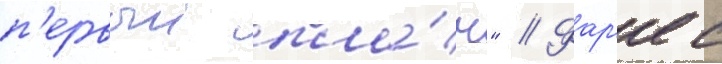
п'ервыи пла́н" // Фар'ес